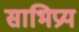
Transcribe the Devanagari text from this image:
साभिप्रय